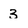
Character: 3